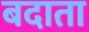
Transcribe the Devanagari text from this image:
बदाता